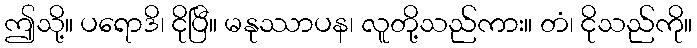
ဤသို့။ ပရောဒိ၊ ငိုပြီ။ မနုဿာပန၊ လူတို့သည်ကား။ တံ၊ ငိုသည်ကို။